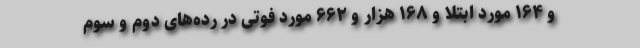
و ۱۶۴ مورد ابتلا و ۱۶۸ هزار و ۶۶۲ مورد فوتی در رده‌های دوم و سوم